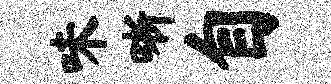
味晰自